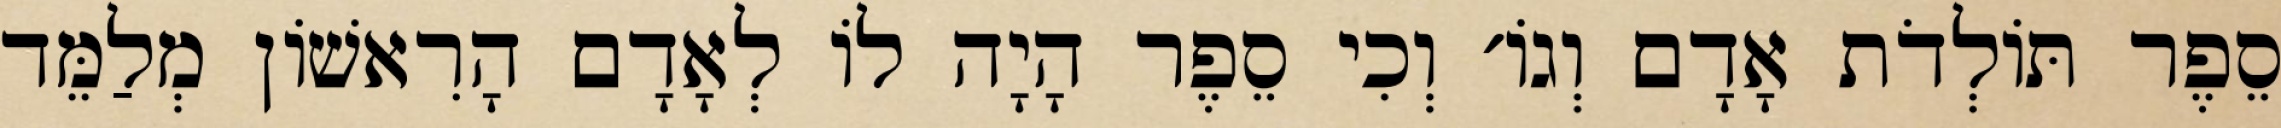
סֵפֶר תּוֹלְדֹת אָדָם וְגוֹ׳ וְכִי סֵפֶר הָיָה לוֹ לְאָדָם הָרִאשׁוֹן מְלַמֵּד